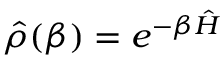
\hat { \rho } ( \beta ) = e ^ { - \beta \hat { H } }